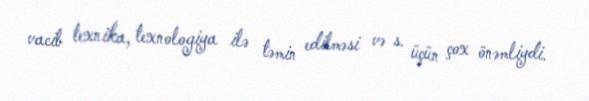
vacib texnika, texnologiya ilə təmin edilməsi və s. üçün çox önəmliydi.